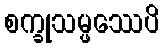
စက္ခုသမ္ဖဿေပိ